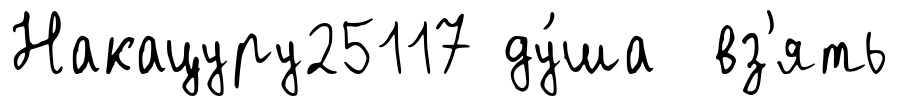
Накацуру25117 ду́ша вз'ять